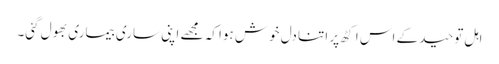
اہل توحید کے اس اکٹھ پر اتنا دل خوش ہوا کہ مجھے اپنی ساری بیماری بھول گئی۔